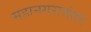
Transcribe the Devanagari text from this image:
महानगरानंतर